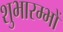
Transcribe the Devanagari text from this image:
शुभारम्भों